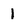
Character: 1